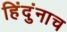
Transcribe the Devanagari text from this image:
हिंदुंनाच